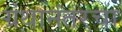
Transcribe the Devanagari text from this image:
ग्रंथानंतरचा